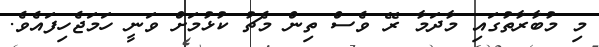
މި މުބާރާތުގައި މާދަމާ ރޭ ވެސް ތިން މެޗު ކުޅުމަށް ވަނީ ހަމަޖެހިފައެވެ.